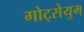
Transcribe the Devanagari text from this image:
गोट्सेयुम्